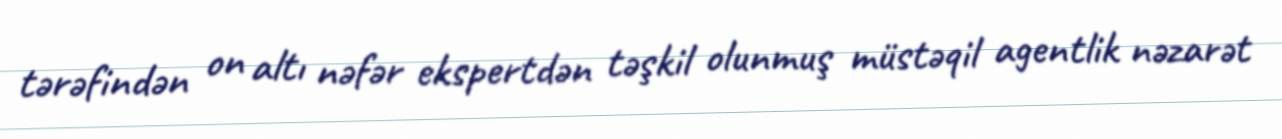
tərəfindən on altı nəfər ekspertdən təşkil olunmuş müstəqil agentlik nəzarət